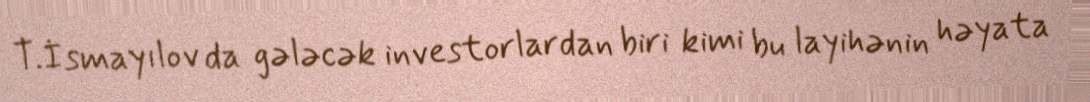
T.İsmayılov da gələcək investorlardan biri kimi bu layihənin həyata